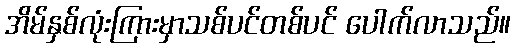
အိမ်နှစ်လုံးကြားမှာသစ်ပင်တစ်ပင် ပေါက်လာသည်။